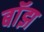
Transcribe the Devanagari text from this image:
बाॅझ